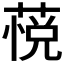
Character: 𰱭